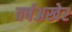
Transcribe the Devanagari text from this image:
वर्षअखेर